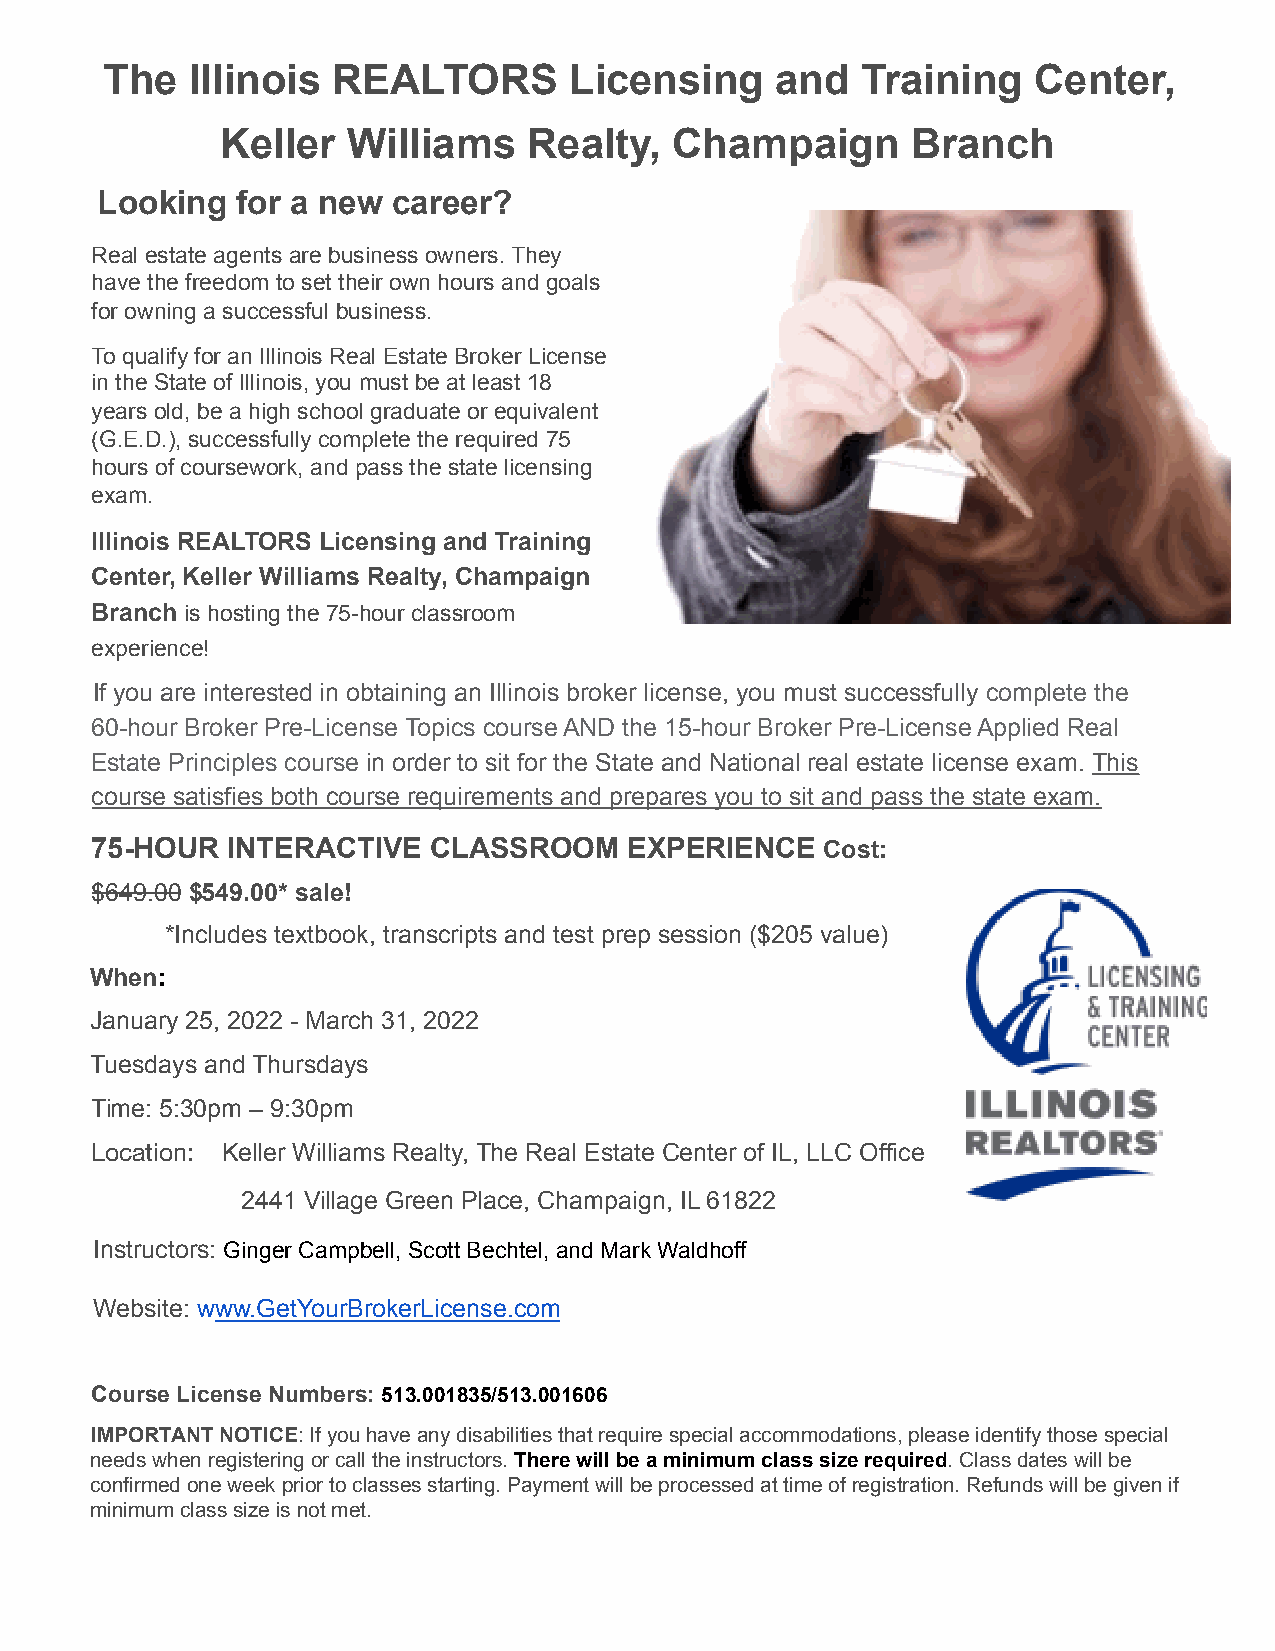
The   Illinois REALTORS        Licensing    and   Training   Center,
 Keller  Williams    Realty,   Champaign      Branch
 Looking   for a new career?
 Real estate agents are business owners. They
 have the freedom to set their own hours and goals
 for owning a successful business.
 To qualify for an Illinois Real Estate Broker License
 in the State of Illinois, you must be at least 18
 years old, be a high school graduate or equivalent
 (G.E.D.), successfully complete the required 75
 hours of coursework, and pass the state licensing
 exam.
 Illinois REALTORS Licensing and Training
 Center, Keller Williams Realty, Champaign
 Branch is hosting the 75-hour classroom
 experience!
 If you are interested in obtaining an Illinois broker license, you must successfully complete the
 60-hour Broker Pre-License Topics course AND the 15-hour Broker Pre-License Applied Real
 Estate Principles course in order to sit for the State and National real estate license exam. This
 course satisfies both course requirements and prepares you to sit and pass the state exam.
 75-HOUR  INTERACTIVE  CLASSROOM     EXPERIENCE   Cost:
 $649.00 $549.00* sale!
 *Includes textbook, transcripts and test prep session ($205 value)
 When:
 January 25, 2022 - March 31, 2022
 Tuesdays and Thursdays
 Time: 5:30pm – 9:30pm
 Location: Keller Williams Realty, The Real Estate Center of IL, LLC Office
 2441 Village Green Place, Champaign, IL 61822
 Instructors: Ginger Campbell, Scott Bechtel, and Mark Waldhoff
 Website: www.GetYourBrokerLicense.com
 Course License Numbers: 513.001835/513.001606
 IMPORTANT NOTICE: If you have any disabilities thatrequire special accommodations, please identify those special
 needs when registering or call the instructors.Therewill be a minimum class size required. Class dateswill be
 confirmed one week prior to classes starting. Payment will be processed at time of registration. Refunds will be given if
 minimum class size is not met.